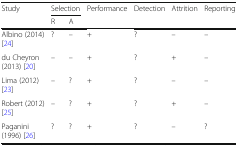
<table><thead><tr><td rowspan="2"><b>Study</b></td><td colspan="2"><b>Selection</b></td><td rowspan="2"><b>Performance</b></td><td rowspan="2"><b>Detection</b></td><td rowspan="2"><b>Attrition</b></td><td rowspan="2"><b>Reporting</b></td></tr><tr><td><b>R</b></td><td><b>A</b></td></tr></thead><tbody><tr><td>Albino (2014) [24]</td><td>?</td><td>–</td><td>+</td><td>?</td><td>–</td><td>–</td></tr><tr><td>du Cheyron (2013) [20]</td><td>–</td><td>–</td><td>+</td><td>?</td><td>+</td><td>–</td></tr><tr><td>Lima (2012) [23]</td><td>–</td><td>?</td><td>+</td><td>?</td><td>–</td><td>–</td></tr><tr><td>Robert (2012) [25]</td><td>–</td><td>?</td><td>+</td><td>?</td><td>+</td><td>–</td></tr><tr><td>Paganini (1996) [26]</td><td>?</td><td>?</td><td>+</td><td>?</td><td>–</td><td>?</td></tr></tbody></table>